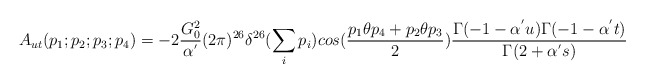
\begin{align*}A_{ut}(p_1;p_2;p_3;p_4)=-2\frac{G^2_0}{\alpha^{'}}(2\pi)^{26}\delta^{26}(\sum_i p_i)cos(\frac{p_1\theta p_4+p_2\theta p_3}{2})\frac{\Gamma(-1-\alpha^{'}u)\Gamma(-1-\alpha^{'}t)}{\Gamma(2+\alpha^{'}s)}\end{align*}